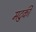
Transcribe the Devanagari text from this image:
मटुकी